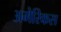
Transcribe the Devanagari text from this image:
अमेरिकस